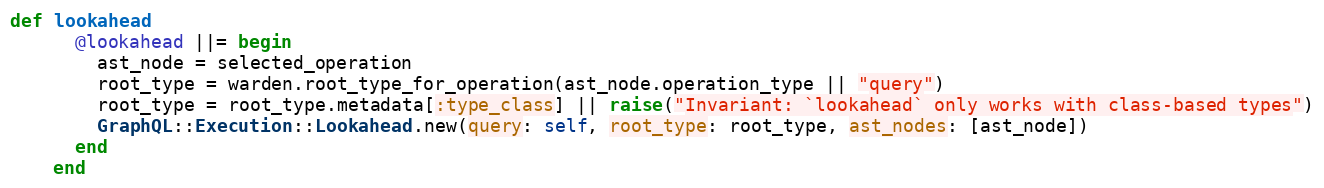
Language: Ruby
def lookahead
      @lookahead ||= begin
        ast_node = selected_operation
        root_type = warden.root_type_for_operation(ast_node.operation_type || "query")
        root_type = root_type.metadata[:type_class] || raise("Invariant: `lookahead` only works with class-based types")
        GraphQL::Execution::Lookahead.new(query: self, root_type: root_type, ast_nodes: [ast_node])
      end
    end